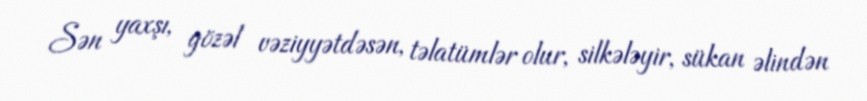
Sən yaxşı, gözəl vəziyyətdəsən, təlatümlər olur, silkələyir, sükan əlindən